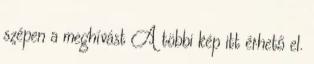
szépen a meghívást A többi kép itt érhető el.